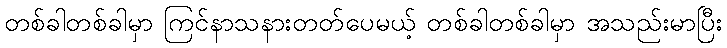
တစ်ခါတစ်ခါမှာ ကြင်နာသနားတတ်ပေမယ့် တစ်ခါတစ်ခါမှာ အသည်းမာပြီး